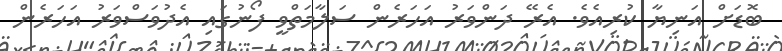
ބޮޑަށް އަނިޔާ ކުރިއެވެ. އެރޭ ދަންވަރު އަހަރެން ސަލާމަތްވީ ފޯނުގައި އެދުވަސްވަރު އަހަރެން